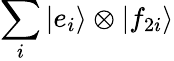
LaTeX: \sum_{i}|e_{i}\rangle\otimes|f_{2i}\rangle